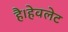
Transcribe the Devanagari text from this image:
है।हेवलेट